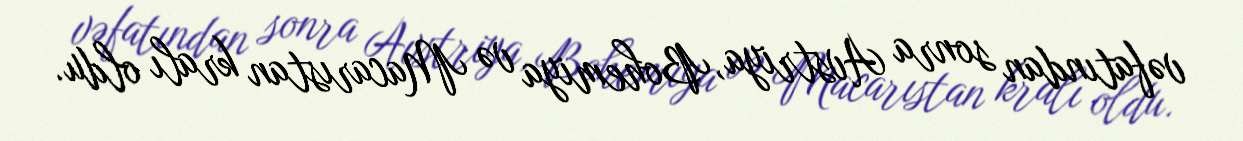
vəfatından sonra Avstriya, Bohemiya və Macarıstan kralı oldu.